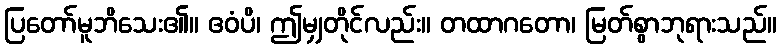
ပြတော်မူဘိသေး၏။ ဧဝံပိ၊ ဤမျှတိုင်လည်း။ တထာဂတော၊ မြတ်စွာဘုရားသည်။